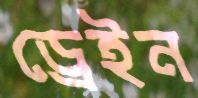
ড্রেইন